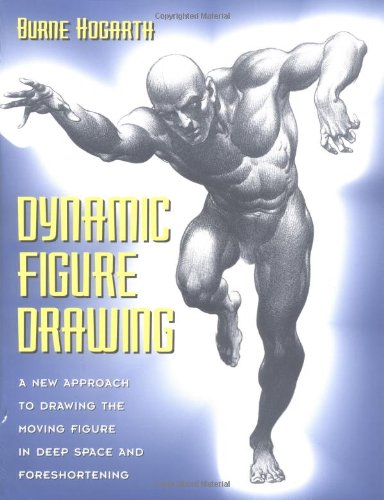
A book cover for Dynamic Figure Drawing; Burne Hogarth; Arts & Photography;